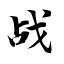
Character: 战